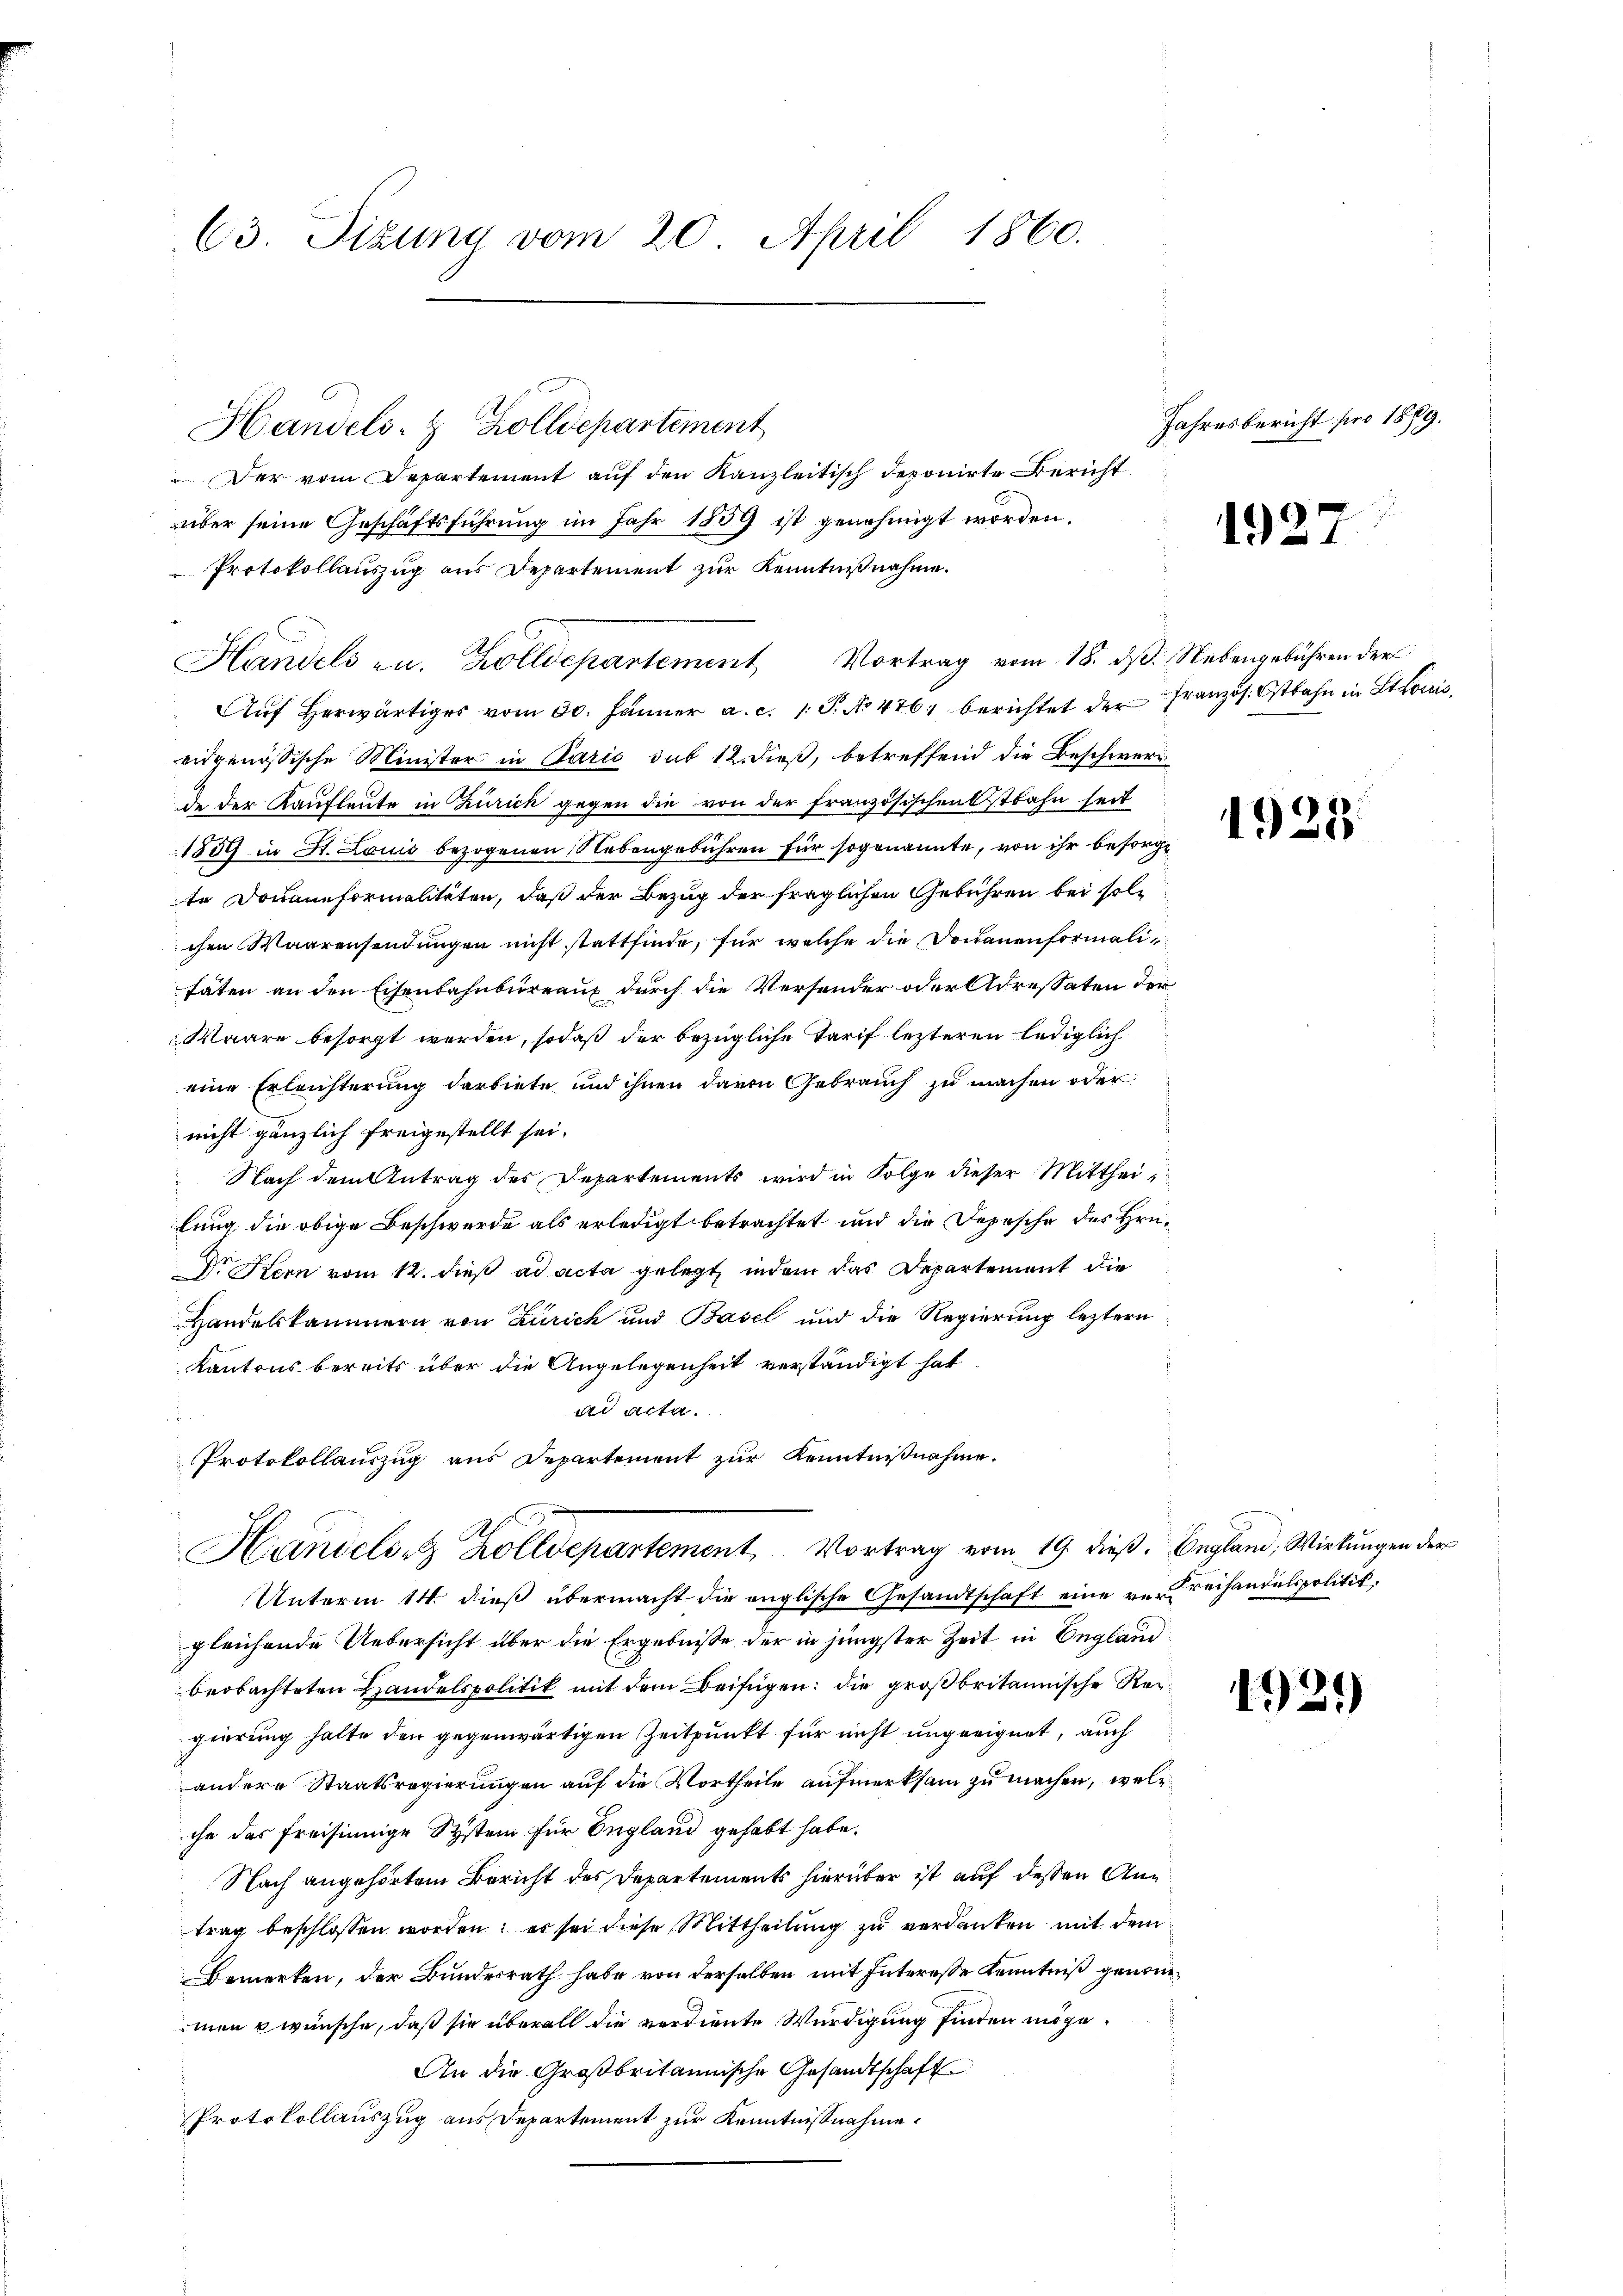
63. Sizung vom 20. April 1860.

Handels- & Zolldepartement
Der vom Departement auf den Kanzleitisch deponirte Bericht
über seine Geschäftsführung im Jahr 1839 ist genehmigt worden.
Protokollauszug aus Departement zur Kenntnißnahme.
Handels u. Zolldepartement Vortrag vom 18. ds. Nebengebühren der
Aŭf herwärtiges vom 30. Jänner a. c. 1. P. No 476, berichtet der französ. Ostbahn in Stonis,
eidgenössische Minister in Parić sub 12. dieß, betreffend die Beschwere
de der Kaufleute in Zürich gegen die von der französischenstbahn seit
1859 in St. Louis bezogenen Nebengebühren für sogenannte, von ihr besorgte Douaneformalitäten, daß der Bezug der fraglichen Gebühren bei solchen Waarensendungen nicht stattfinde, für welche die Donauenformalitäten an den Eisenbahnbureaux durch die Versender oder Adressaten der
Waare besorgt werden, sodaß der bezügliche Tarif lezteren lediglich
eine Erleichterung darbiete und ihnen davon Gebrauch zu machen oder
nicht gänzlich freigestellt sei.
Nach dem Antrag des Departements wird in Folge dieser Mittheilung die obige Beschwerde als erledigt betrachtet und die Depesche des Hrn.
Dr. Hern vom 12. dieß ad acta gelegt, indem das Departement die
Handelskammern von Zürich und Basel und die Regierung letztern
Kantons bereits über die Angelegenheit verständigt hat
ad acta.
Protokollauszug aus Departement zŭr Kenntnißnahme.

Handelst Zolldepartement, Vortrag vom 19. dieß

Unterm 14. dieß übermacht die englische Gesandtschaft eine re Freihandelspolitik.
gleichende Uebersicht über die Ergebnisse der in jüngster Zeit in England
beobachteten Handelspolitik mit dem Beifügen: die großbritannische Reigierung halte den gegenwärtigen Zeitpunkt für nicht ungeeignet, auch
andere Staatsregierungen auf die Vortheile aufmerksam zu machen, welc
che das freisinnige System für England gehabt habe.
Nach angehörtem Bericht des Departements hierüber ist auf dessen Antrag beschlossen worden; es sei diese Mittheilung zu verdanken mit dem
Bemerken, der Bundesrath habe von derselben mit Intereße Kenntniß genommen wünsche, daß sie überall die verdiente Würdigung finden möge.
An die Großbritannische Gesandtschaft
Protokollauszug aus Departement zur Kenntnißnahme.

Jahresbericht pro 1889.

1927

1928

England, Wirkungen der

1929